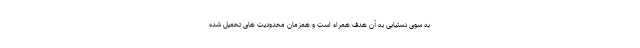
به سوی دستیابی به آن هدف همراه است و همزمان محدودیت های تحمیل شده